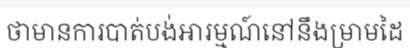
ថាមានការបាត់បង់អារម្មណ៍នៅនឹងម្រាមដៃ